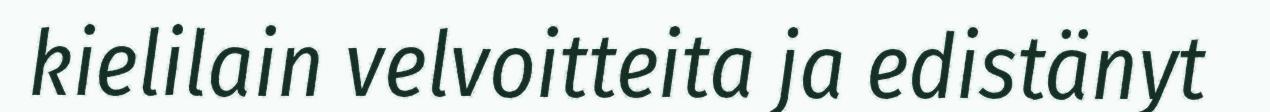
kielilain velvoitteita ja edistänyt